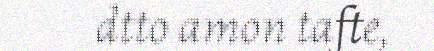
dtto amon tafte,